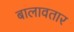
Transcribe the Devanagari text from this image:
बालावतार